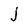
Character: j